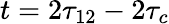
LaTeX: t=2\tau_{12}-2\tau_{c}